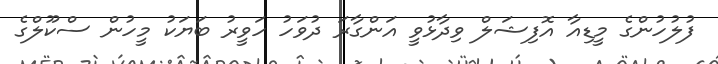
ފުލުހުންގެ މީޑިއާ އޮފިޝަލް ވިދާޅުވީ އަންގާރަ ދުވަހު ހަވީރު ބަޔަކު މީހުން ސްކޫލްގެ